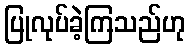
ပြုလုပ်ခဲ့ကြသည်ဟု